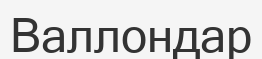
Валлондар